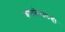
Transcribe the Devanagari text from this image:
कथालेखकही